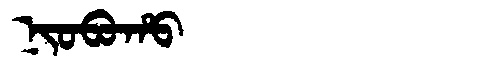
Manchu: ᠨᡳᠣᠪᠣᡥᠣ
Romanization: NIOBOHO